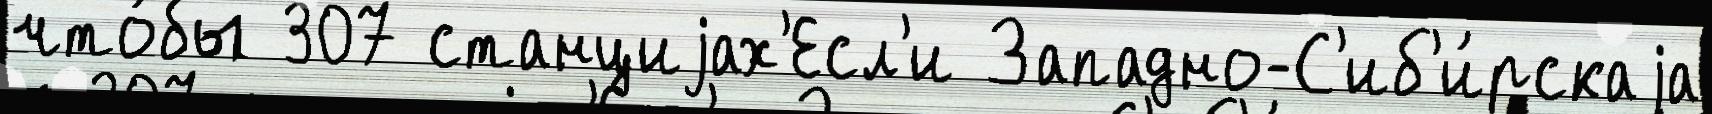
что́бы 307 станциjах'Есл'и Западно-С'иб'и́рскаjа